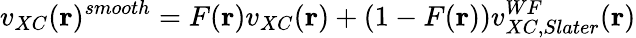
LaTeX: v_{XC}(\mathbf{r})^{smooth}=F(\mathbf{r})v_{XC}(\mathbf{r})+(1-F(\mathbf{r}))v_{XC,Slater}^{WF}(\mathbf{r})